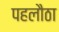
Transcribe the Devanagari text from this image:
पहलौठा